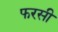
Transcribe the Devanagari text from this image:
फरसी